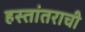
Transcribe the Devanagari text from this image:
हस्तांतराची